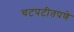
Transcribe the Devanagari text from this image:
चटपटीतपणे